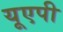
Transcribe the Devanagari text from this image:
यूएपी